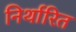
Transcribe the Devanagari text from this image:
निर्थारित